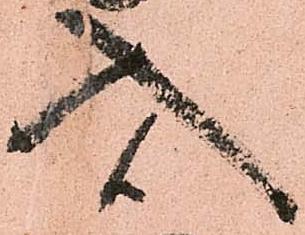
入